Leaving Certificate Examination (including Day School Certificate (Higher) General paper), 1927
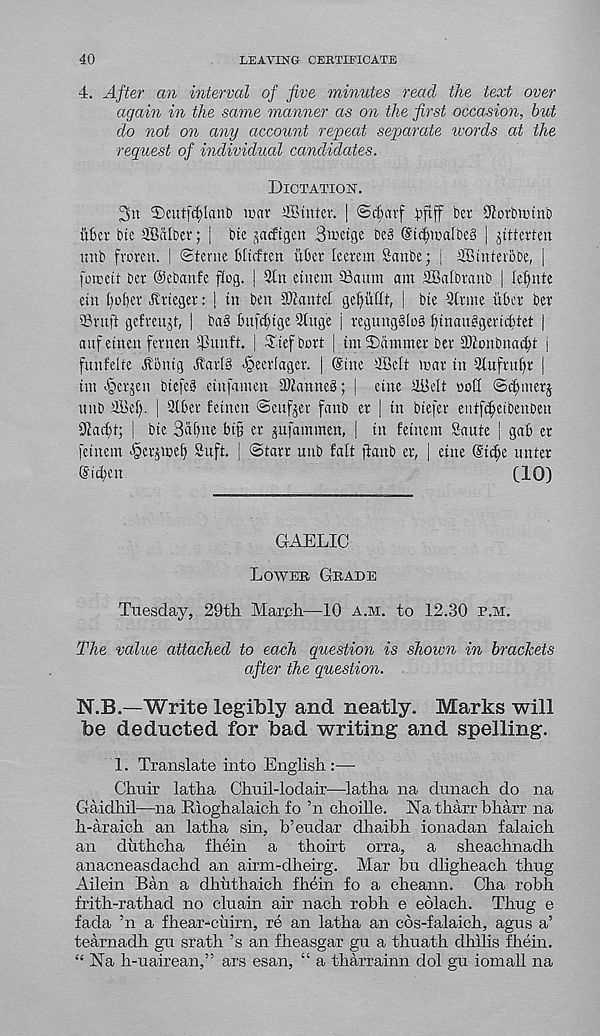
40
LEAVING CERTIFICATE
4. After an interval of five minutes read the text over
again in the same manner as on the first occasion, but
do not on any account repeat separate words at the
request of individual candidates.
Dictation.
©eutfc^lanb mar ©inter. | <Scf;arf
ber 9iorbn)tnb
liber bte ©iilber; | bie jcnfigen Bwetge be§ (StcbmalbeS | gitterten
unb froreu. | ©terne bltrften liber leerem Sctnbe; | ©interbbe, j
foiceit ber Oebanfe flog. | 3tn eutem ©aum am ©albranb | lel)nte
etn 1)dfjer dtrieger: | in ben ©ante! gef)iittt, | bie 9trme liber ber
ffirnft gefrenjt, | ba§ bnfcbige 3tuge | regunggloS f)tntiit§gericbtet |
anf etnen fernen ijonnlt. | ©ief bort | tm Slimmer ber ©onbnacbt j
funfelte ^onig Jiar[§ ^eerlager. | (Sine ©elt mar in 9tufrubr |
im -^crjen biefe§ einfamen SWanneS; | eine ©clt nod ©d)merj
unb ©el). | 2lber fetnen ©eufjer fanb er | In biefer entf^eibenben
3laft)t; | bte 3af)ne bi§ er jufammen, | in fetnem Saute | gab er
fetnem >§er^mel) Snft. | ©tarr unb fait ftanb er, | eine (Sic^e unter
(S'id)cu
(10)
GAELIC
Lower Grade
Tuesday, 29th March—10 a.m. to 12.30 p.m.
The value attached to ea-ch question is shown in brackets
after the question.
N.B.—Write legibly and neatly. Marks will
be deducted for bad writing and spelling.
1. Translate into English:—
Chuir latha Chuil-lodair—latha na dnnach do na
Gaidhil—na BAoghalaich fo ’n choille. Na tharr bharr na
h-araich an latha sin, b’eudar dhaibh ionadan falaich
an duthcha fhein a thoirt orra, a sheachnadh
anacneasdachd an airm-dheirg. Mar bn dligheach thug
Ailein Ban a dhuthaich fhein fo a cheann. Cha robh
frith-rathad no cluain air nach robh e eolach. Thug e
fada ’n a fhear-cuirn, re an latha an cbs-falaich, agus a’
tearnadh gu srath ’s an fheasgar gu a thuath dhilis fhein.
“ Na h-uairean,” ars esan, “ a tharrainn dol gu iomall na